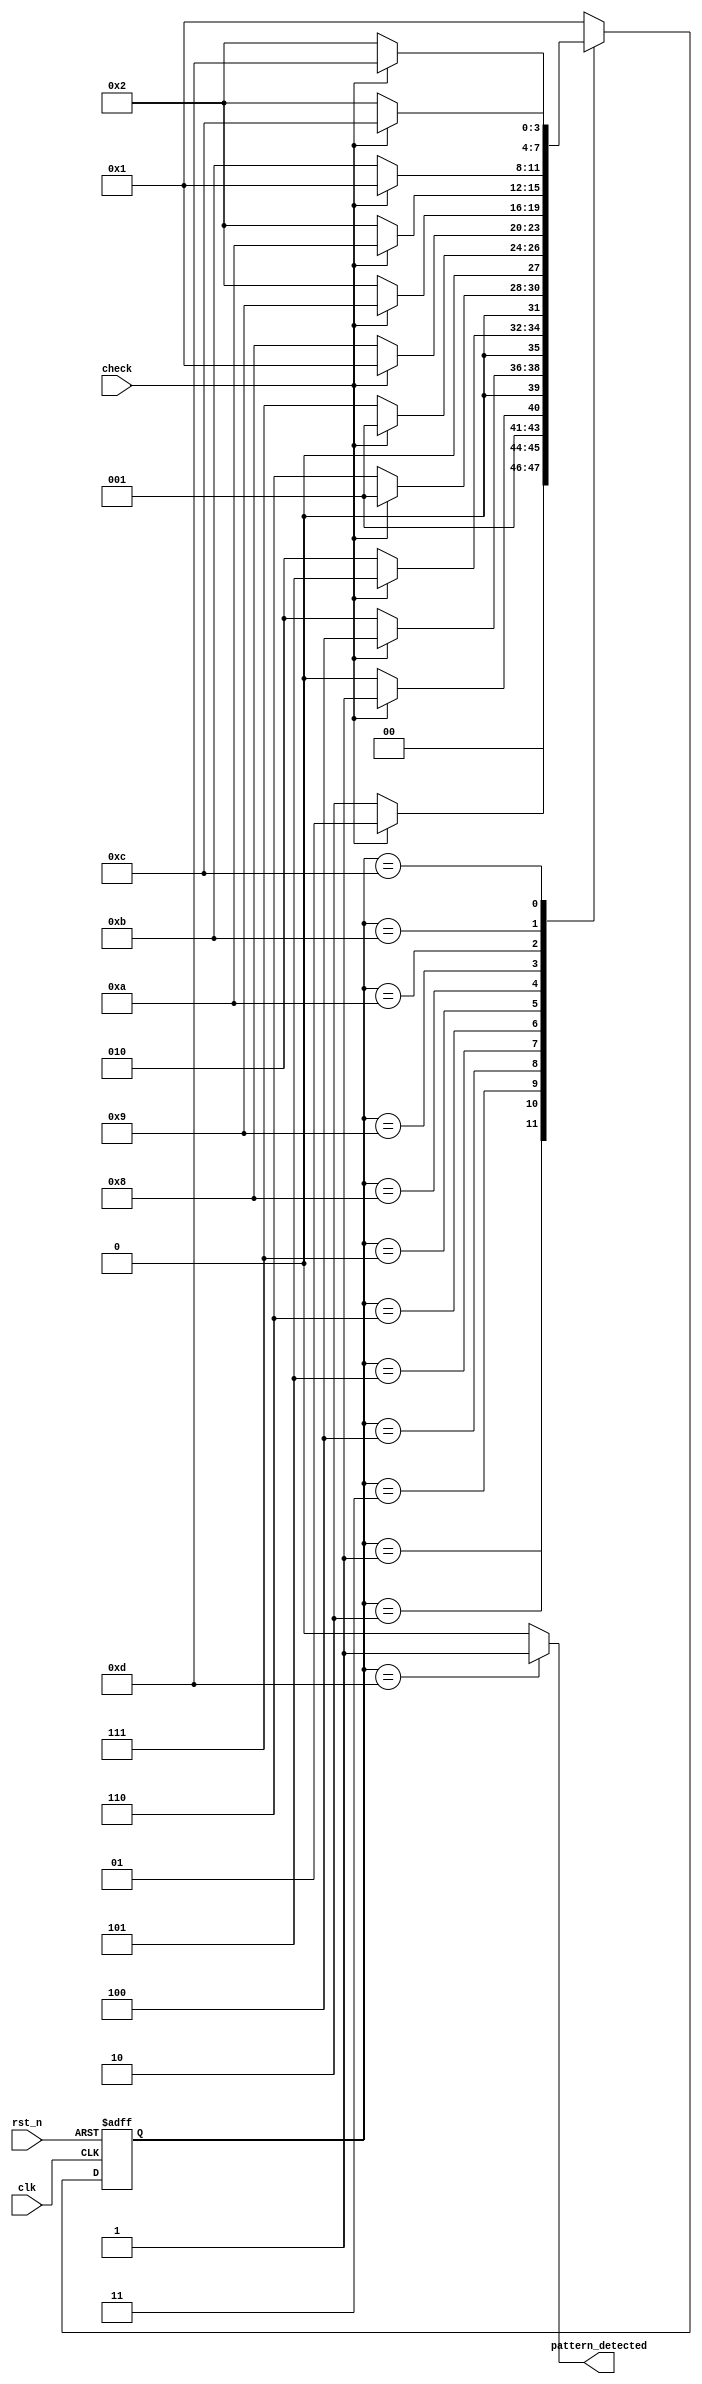
module moore_seq_detector(
    input clk, // Clock input signal
    input rst_n, // Active low asynchronous reset signal
    input check, // Input signal to start checking the pattern
    output reg pattern_detected); // Output signal indicating when the pattern is detected
// State declaration with 4-bit encoding for a 12-bit sequence detection
localparam [3:0] A = 4'b0001, // Initial state
                 B = 4'b0010, // State for each bit in the sequence
                 C = 4'b0011,
                 D = 4'b0100,
                 E = 4'b0101,
                 F = 4'b0110,
                 G = 4'b0111,
                 H = 4'b1000,
                 I = 4'b1001,
                 J = 4'b1010,
                 K = 4'b1011,
                 L = 4'b1100,
                 M = 4'b1101; // Final state indicating the end of the sequence
reg [3:0] current_state, next_state; // Registers holding current and next state
// State transition logic, updates the current state on the rising edge of the clock
always @(posedge clk or posedge rst_n) begin
    if (rst_n) // If reset is active (low), reset to initial state A
        current_state <= A;
    else
        current_state <= next_state; // Otherwise, transition to the next state
end
// Next state logic based on the current state and input bit
always @(*) begin
    pattern_detected = 1'b0; // Default to not detected
    next_state = current_state; // Default to stay in the current state
    case (current_state)
        A: if (check == 0) next_state = B; // Transition logic for each state
            else next_state = A;
        B: if (check == 1) next_state = C;
            else next_state = B;
        C: if (check == 1) next_state = D;
            else next_state = B;
        D: if (check == 1) next_state = E;
            else next_state = B;    
        E: if (check == 0) next_state = F;
            else next_state = A;    
        F: if (check == 0) next_state = G;
            else next_state = A;    
        G: if (check == 0) next_state = H;
            else next_state = A;    
        H: if (check == 1) next_state = I;
            else next_state = B;    
        I: if (check == 1) next_state = J;
            else next_state = B;    
        J: if (check == 0) next_state = K;
            else next_state = A;
        K: if (check == 1) next_state = L;
            else next_state = B;    
        L: if (check == 1) next_state = M;
            else next_state = B;
        M: begin
            next_state = A; // Return to the initial state after detecting the pattern
            pattern_detected = 1'b1; // Indicate that the pattern has been detected
            end
        default: next_state = A; // Default case to handle any undefined states       
    endcase
end
endmodule